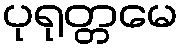
ပုရုတ္တမေ